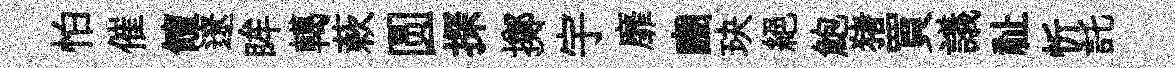
怕催饘遼眸轕蔌圆探擲宇靡豳玦絶鮑猪買議祉忻託